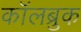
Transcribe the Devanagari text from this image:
कॉलब्रुक